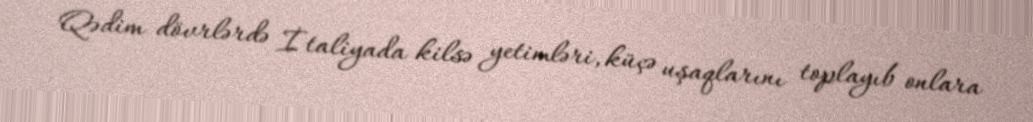
Qədim dövrlərdə İtaliyada kilsə yetimləri, küçə uşaqlarını toplayıb onlara